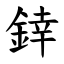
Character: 﨨